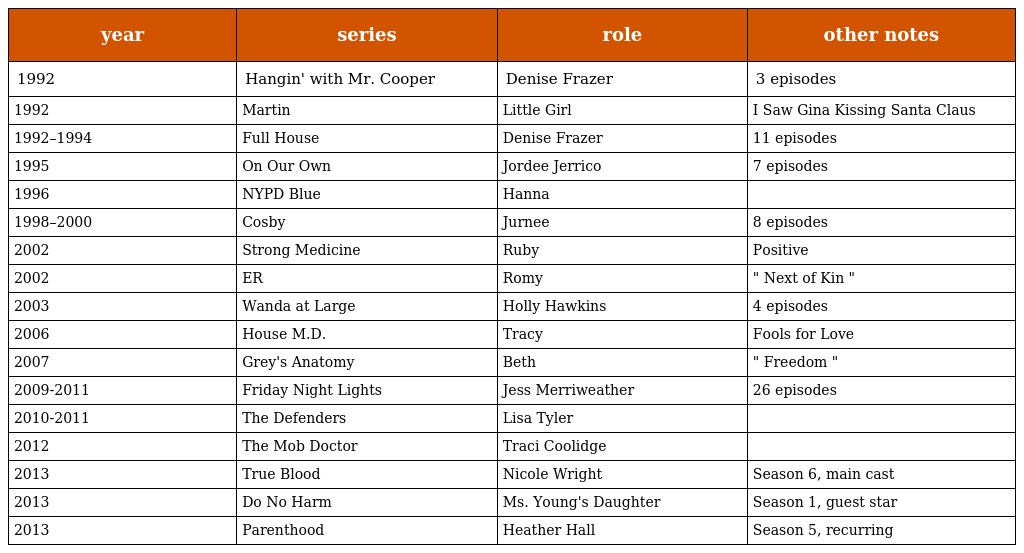
| year | series | role | other notes |
 | --- | --- | --- | --- |
 | 1992 | Hangin' with Mr. Cooper | Denise Frazer | 3 episodes |
 | 1992 | Martin | Little Girl | I Saw Gina Kissing Santa Claus |
 | 1992–1994 | Full House | Denise Frazer | 11 episodes |
 | 1995 | On Our Own | Jordee Jerrico | 7 episodes |
 | 1996 | NYPD Blue | Hanna |  |
 | 1998–2000 | Cosby | Jurnee | 8 episodes |
 | 2002 | Strong Medicine | Ruby | Positive |
 | 2002 | ER | Romy | " Next of Kin " |
 | 2003 | Wanda at Large | Holly Hawkins | 4 episodes |
 | 2006 | House M.D. | Tracy | Fools for Love |
 | 2007 | Grey's Anatomy | Beth | " Freedom " |
 | 2009-2011 | Friday Night Lights | Jess Merriweather | 26 episodes |
 | 2010-2011 | The Defenders | Lisa Tyler |  |
 | 2012 | The Mob Doctor | Traci Coolidge |  |
 | 2013 | True Blood | Nicole Wright | Season 6, main cast |
 | 2013 | Do No Harm | Ms. Young's Daughter | Season 1, guest star |
 | 2013 | Parenthood | Heather Hall | Season 5, recurring |